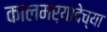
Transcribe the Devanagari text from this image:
कालमर्यादेच्या